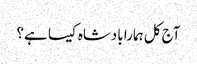
آج کل ہمارا بادشاہ کیسا ہے؟